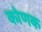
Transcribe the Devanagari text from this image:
कोणक